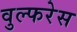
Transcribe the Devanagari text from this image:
वुल्फरेस